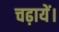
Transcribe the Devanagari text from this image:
चढ़ायें।